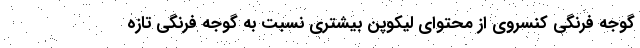
گوجه فرنگی کنسروی از محتوای لیکوپن بیشتری نسبت به گوجه فرنگی تازه